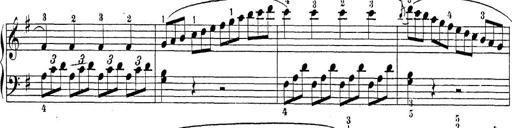
Title: Sonatina Album
Composer: Louis KÃ¶hler